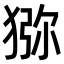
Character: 猕